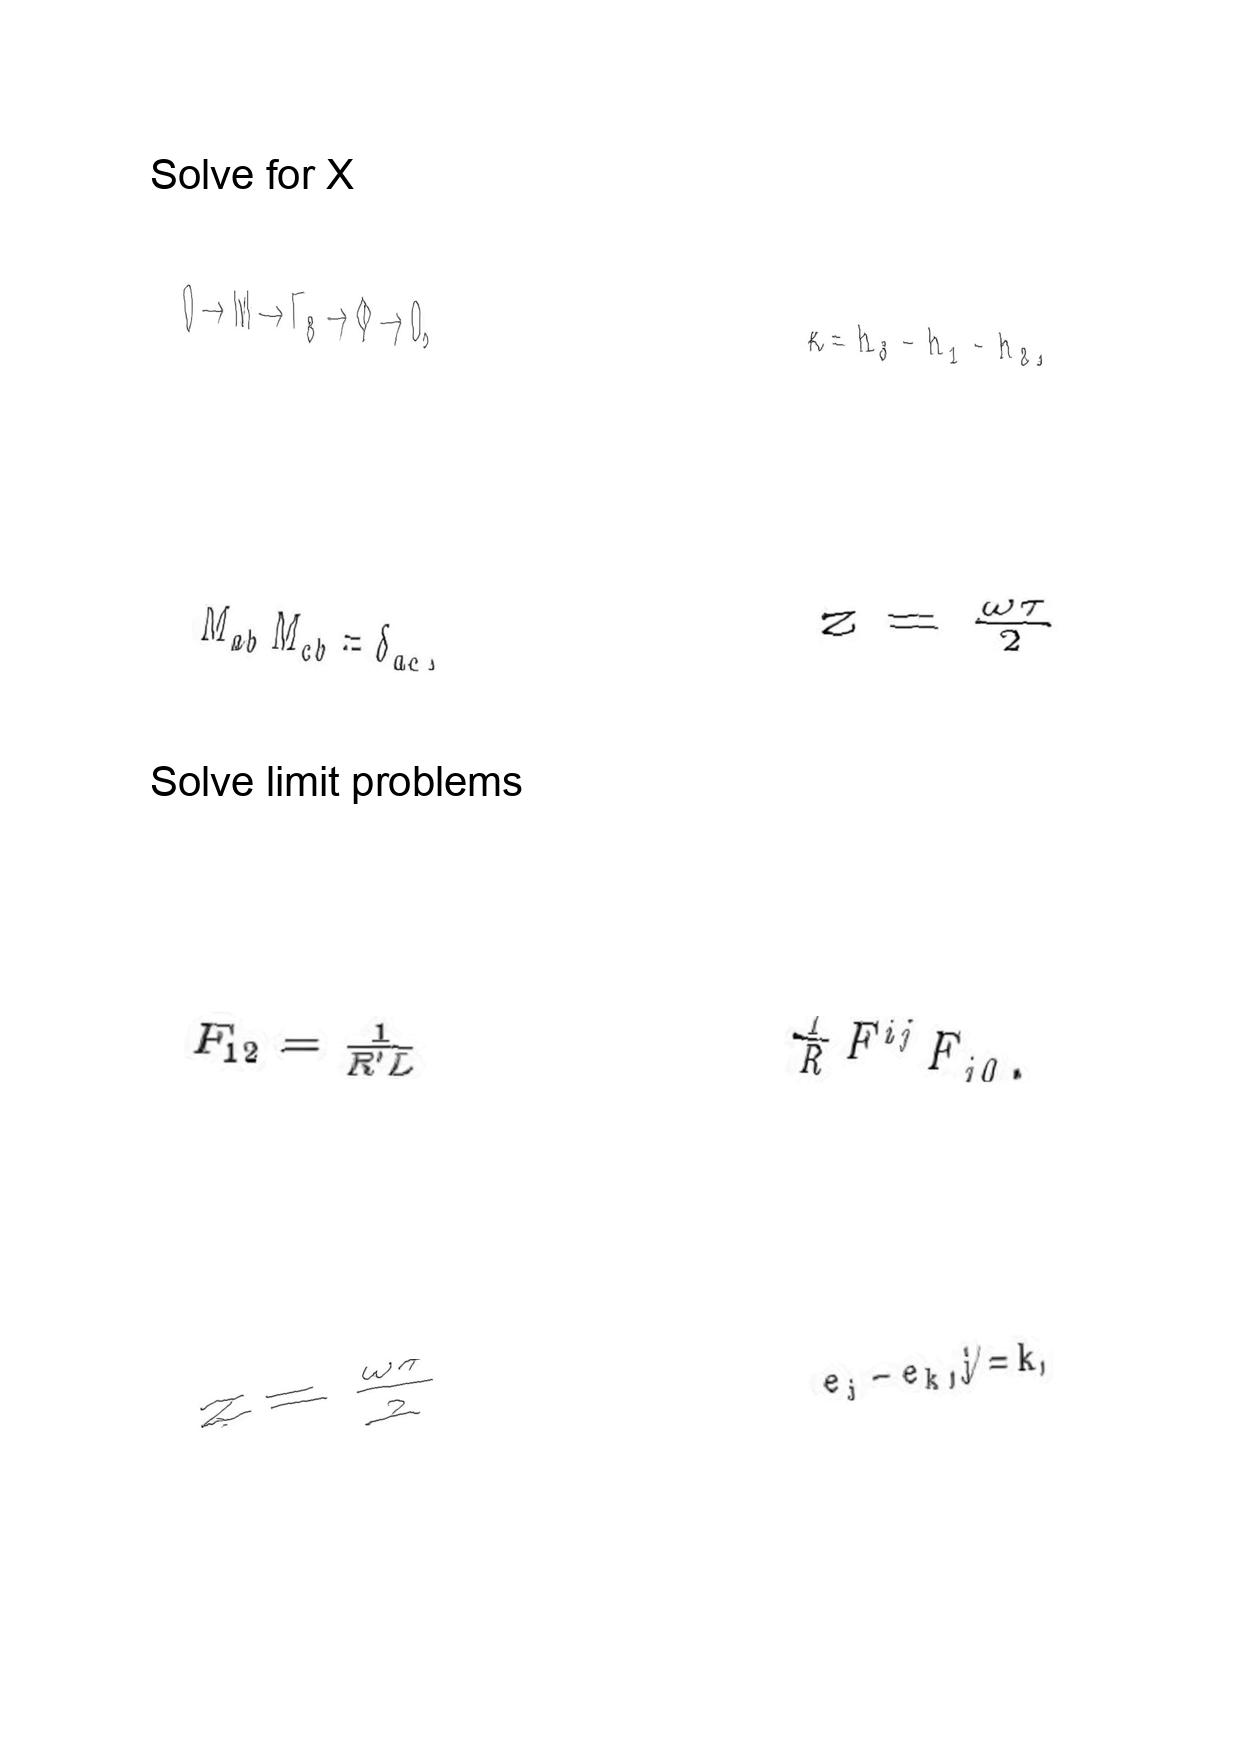
LaTeX transcription:
0 \to M \to \Gamma _ { 8 } \to \Phi \to 0 ,
M _ { a b } M _ { c b } = \delta _ { a c } ,
F _ { 1 2 } = \frac { 1 } { R ^ { \prime } L }
z = \frac { \omega \tau } { 2 }
\kappa = h _ { 3 } - h _ { 1 } - h _ { 2 } ,
z = \frac { \omega \tau } { 2 }
\frac { 1 } { R } F ^ { i j } F _ { j 0 } .
e _ { j } - e _ { k } , j \neq k ,